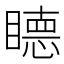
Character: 𥊸